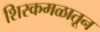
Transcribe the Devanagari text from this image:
शिरकमळातून